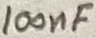
Text: 100nF